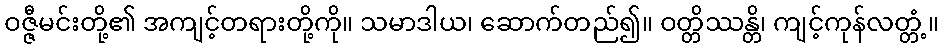
ဝဇ္ဇီမင်းတို့၏ အကျင့်တရားတို့ကို။ သမာဒါယ၊ ဆောက်တည်၍။ ဝတ္တိဿန္တိ၊ ကျင့်ကုန်လတ္တံ့။